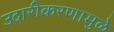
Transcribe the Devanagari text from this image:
उदारीकरणामुळे